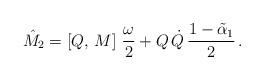
LaTeX: \begin{align*}\hat{M}_2=\left[Q,\,M\right]\,\frac{\omega}{2}+Q\,\dot{Q}\,\frac{1-\tilde{\alpha}_1}{2}\,.\end{align*}